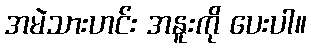
အမဲသားဟင်း အနူးကို ပေးပါ။